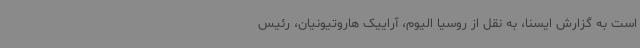
است به گزارش ایسنا، به نقل از روسیا الیوم، آراییک هاروتیونیان، رئیس